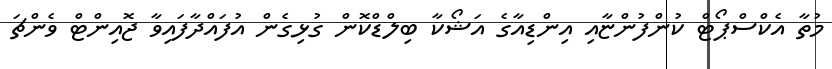
މުތާ އެކްސްޕޯޓް ކުންފުންޏާއި އިންޑިއާގެ އަޝޯކާ ބިލްޑްކޮން ގުޅިގެން އުފައްދާފައިވާ ޖޮއިންޓް ވެންޗަ